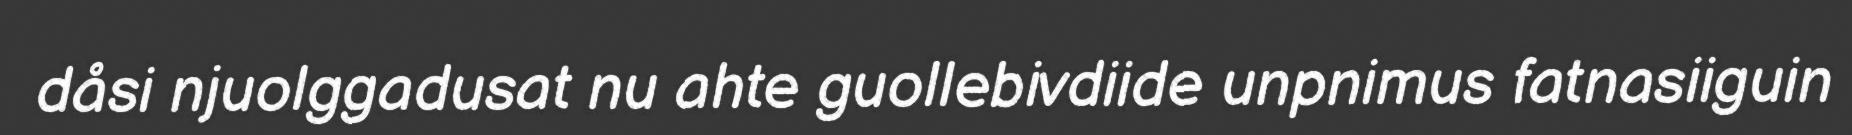
dåsi njuolggadusat nu ahte guollebivdiide unpnimus fatnasiiguin